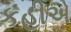
કહીએ